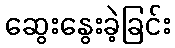
ဆွေးနွေးခဲ့ခြင်း